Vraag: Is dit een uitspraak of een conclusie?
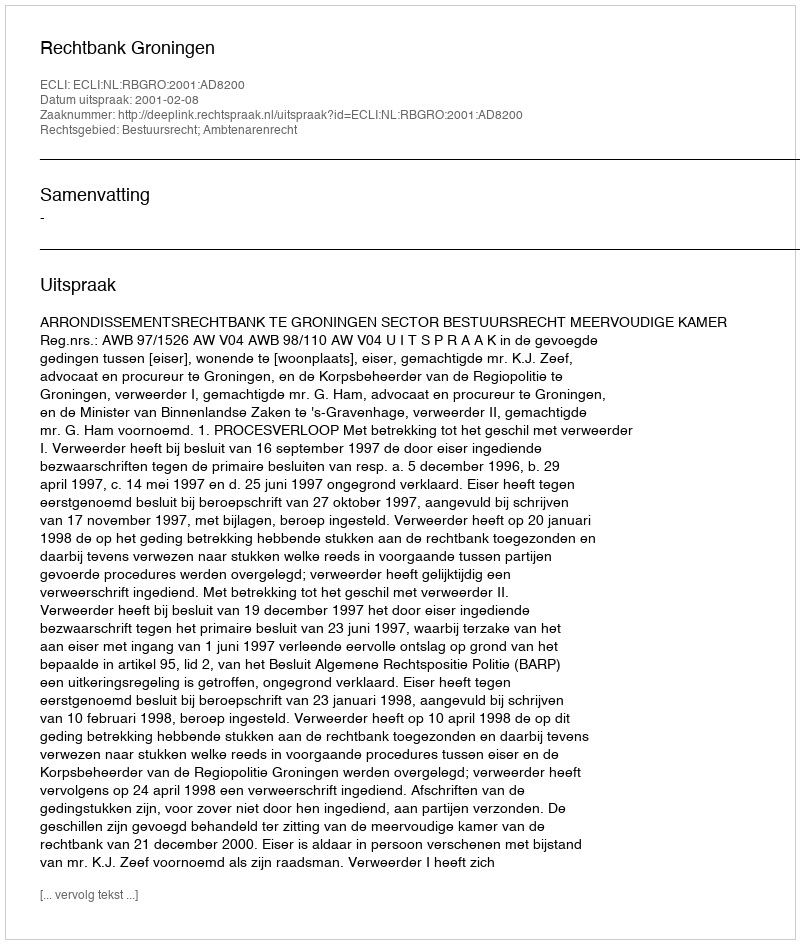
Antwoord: Uitspraak